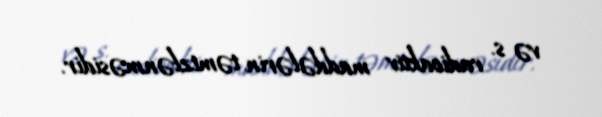
və s. radioaktiv maddələrin təmizlənməsidir.